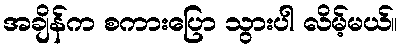
အချိန်က စကားပြော သွားပါ လိမ့်မယ်။